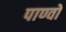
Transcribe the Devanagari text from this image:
पाण्वों